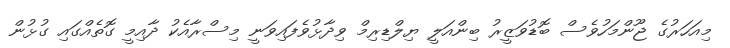
މިއަހަރުގެ ޖޫންމަހުވެސް ބޮޑުވަޒީރު ބިންއަލީ ޔިލްޑިރިމް ވިދާޅުވެފައިވަނީ މިސްރާއެކު ދާއިމީ ގޮތެއްގައި ގުޅުން